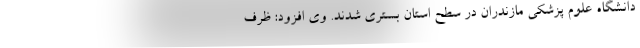
دانشگاه علوم پزشکی مازندران در سطح استان بستری شدند. وی افزود: ظرف